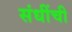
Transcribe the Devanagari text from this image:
संधींची